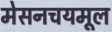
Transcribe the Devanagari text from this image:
मेसनचयमूल